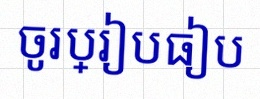
ចូរប្រៀបធៀប